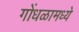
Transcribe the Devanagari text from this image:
गोंधळामध्ये